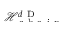
\smash { \mathcal { H } _ { \mathrm { ~ c ~ h ~ a ~ i ~ n ~ } } ^ { d \mathrm { ~ D ~ } } }